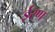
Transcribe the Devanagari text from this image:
ईरण